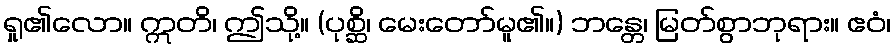
ရှု၏လော။ ဣတိ၊ ဤသို့။ (ပုစ္ဆိ၊ မေးတော်မူ၏။) ဘန္တေ၊ မြတ်စွာဘုရား။ ဧဝံ၊